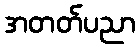
အတတ်ပညာ